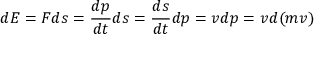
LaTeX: d E = F d s = { \frac { d p } { d t } } d s = { \frac { d s } { d t } } d p = v d p = v d ( m v )